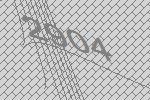
2904